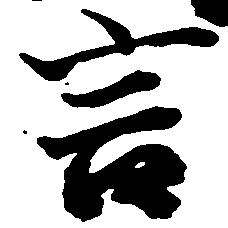
言